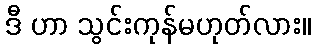
ဒီ ဟာ သွင်းကုန်မဟုတ်လား။